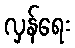
လှန်ရေး